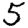
Digit: 5